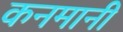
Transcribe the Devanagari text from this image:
कनमानी